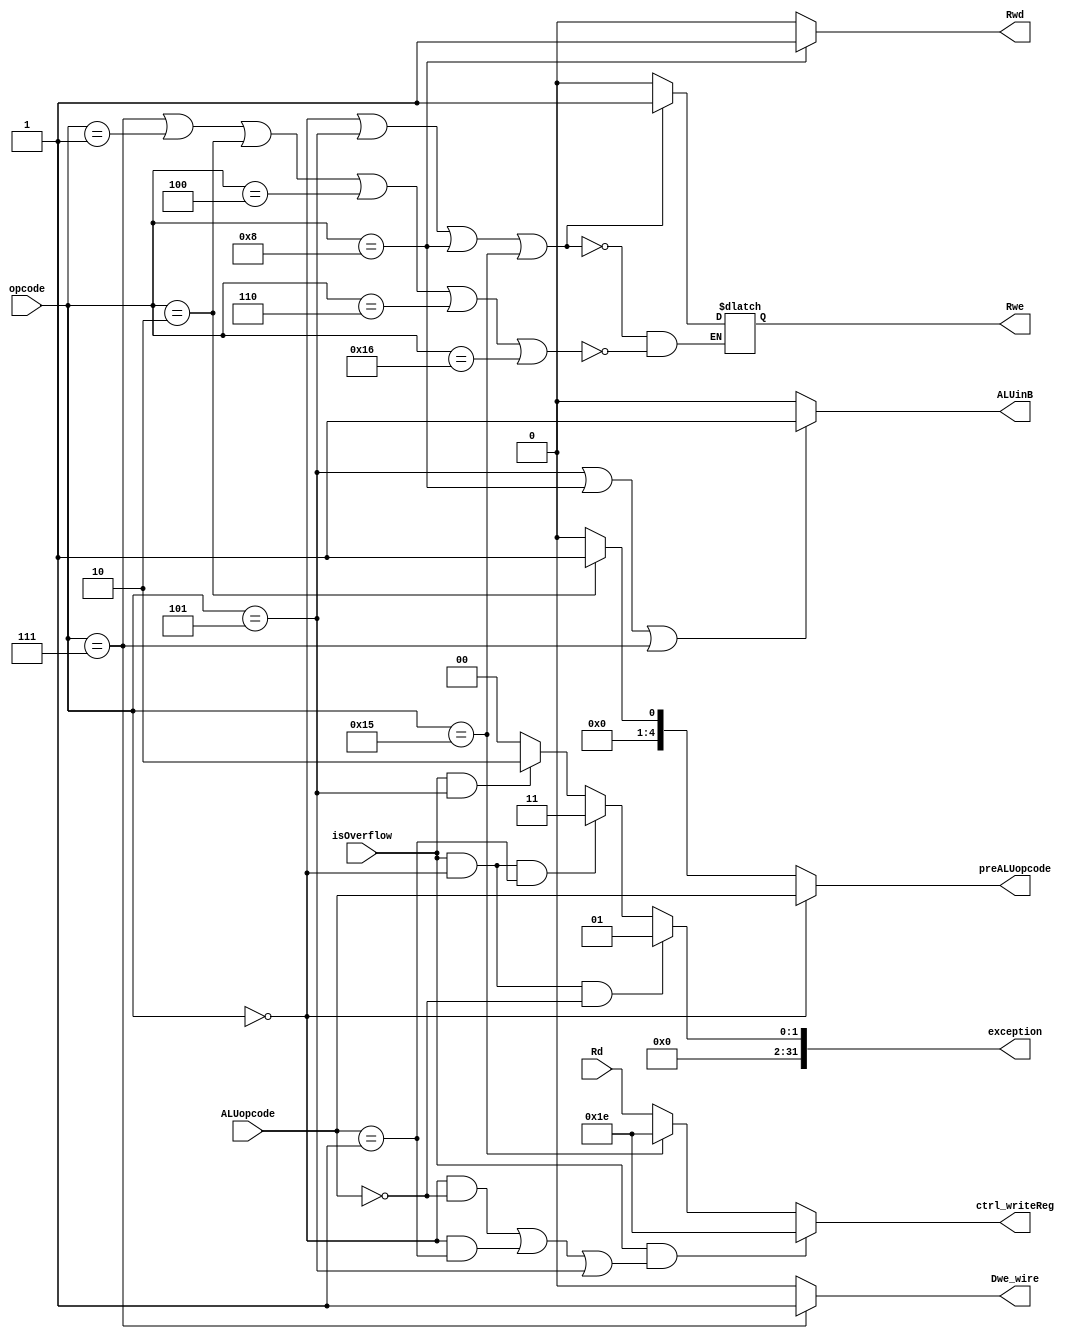
module Control_flow(opcode, ALUopcode, Rd, isOverflow, Rwe, ctrl_writeReg, ALUinB, preALUopcode, exception, Dwe_wire, Rwd);
	input[4:0]opcode, ALUopcode, Rd;
	input isOverflow;
	output Rwe, ALUinB;
	output[4:0] preALUopcode, ctrl_writeReg;
	output[31:0] exception;
	output Dwe_wire, Rwd;
	wire[4:0]reg_30;
	assign reg_30 = 5'b11110;
	
	reg Rwe, ALUinB;
	reg[4:0]preALUopcode, ctrl_writeReg;
	reg[31:0] exception;
	reg Rwd;
	
	always@(*)begin
		//Rwe
		
		//add(sub, and ,sll...), addi, lw, setx
		if ((opcode == 5'b00000) || (opcode == 5'b00101) || (opcode == 5'b01000) ||
		(opcode == 5'b10101)) begin
			Rwe <=  1'b1;
		end else if (opcode == 5'b00111 ||opcode == 5'b00001 || opcode == 5'b00010
		||opcode == 5'b00100 ||opcode ==5'b00110 || opcode == 5'b10110) begin//sw, j , bne, jr, blt, bex
			Rwe <= 1'b0;
		end

		//ALUinB:
		//addi, lw, sw
		if (opcode == 5'b00101 || opcode == 5'b01000 || opcode == 5'b00111) begin
			ALUinB <= 1'b1;
		end else if (opcode == 5'b00000) begin
			ALUinB <= 1'b0;
		end else begin 
			ALUinB <= 1'b0;
		end
		
		//preALUopcode:
		if (opcode == 5'b00000)
			preALUopcode <= ALUopcode;
		//bne: sub
		else if (opcode == 5'b00010)
			preALUopcode <= 5'b00001;
		else
			preALUopcode <= 5'b00000;
			
		//exception
		//add
		if (isOverflow && opcode == 5'b00000 && ALUopcode == 5'b00000)
			exception <= 32'b1;
		//sub
		else if (isOverflow && opcode == 5'b00000 && ALUopcode == 5'b00001)
			exception <= 32'b11;
		//addi
		else if (isOverflow && opcode == 5'b00101)
			exception <= 32'b10;
		else
			exception <= 32'b0;
		
		//ctrl_writeReg:
		//(isOverflow and (add or sub or addi)) or setx 
		if (isOverflow && ((opcode == 5'b00000 && ALUopcode == 5'b00000) ||(opcode == 5'b00000 && ALUopcode == 5'b00001)
		|| (opcode == 5'b00101)))
			ctrl_writeReg <= reg_30;
		else if (opcode == 5'b10101)
			ctrl_writeReg <= reg_30;
		else
			ctrl_writeReg <= Rd;
			
		//Rwd
		if (opcode == 5'b01000) //lw
			Rwd <= 1'b1;
		else //sw
			Rwd <= 1'b0;

	end
	
			//DMwe:
		assign Dwe_wire = ((opcode == 5'b00111)? 1'b1:1'b0);//opcode(sw) = 00111

endmodule